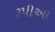
રૂપીઆ